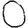
Digit: 0